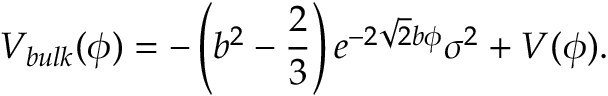
V _ { b u l k } ( \phi ) = - \left( b ^ { 2 } - \frac { 2 } { 3 } \right) e ^ { - 2 \sqrt { 2 } b \phi } \sigma ^ { 2 } + V ( \phi ) .